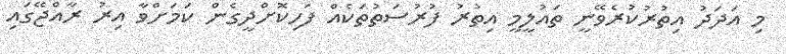
މި އަދަދު އިތުރުކުރެވޭނީ ތައުލީމީ އިތުރު ފުރުސަތުތަކެއް ފަހިކޮށްދީގެން ކަމަށްވާ އިރު ރާއްޖޭގައި